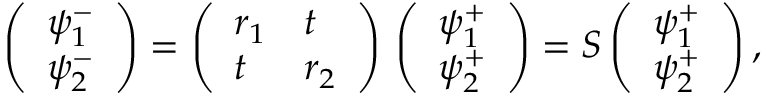
\left( \begin{array} { l } { \psi _ { 1 } ^ { - } } \\ { \psi _ { 2 } ^ { - } } \end{array} \right) = \left( \begin{array} { l l } { r _ { 1 } } & { t } \\ { t } & { r _ { 2 } } \end{array} \right) \, \left( \begin{array} { l } { \psi _ { 1 } ^ { + } } \\ { \psi _ { 2 } ^ { + } } \end{array} \right) = S \left( \begin{array} { l } { \psi _ { 1 } ^ { + } } \\ { \psi _ { 2 } ^ { + } } \end{array} \right) ,